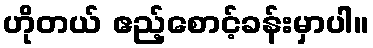
ဟိုတယ် ဧည့်စောင့်ခန်းမှာပါ။